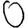
Digit: 0